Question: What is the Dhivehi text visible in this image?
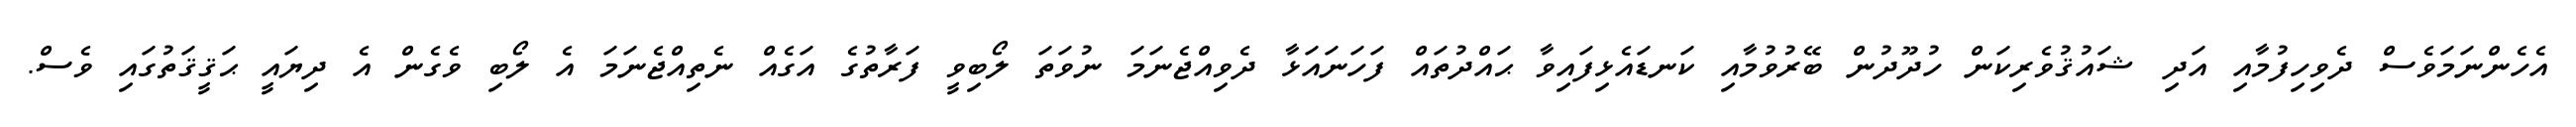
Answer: އެހެންނަމަވެސް ދެވިހިފުމާއި އަދި ޝައުޤުވެރިކަން ހުދޫދުން ބޭރުވުމާއި ކަނޑައެޅިފައިވާ ޙައްދުތައް ފަހަނައަޅާ ދެވިއްޖެނަމަ ނުވަތަ ލޯބިވީ ފަރާތުގެ އަގެއް ނެތިއްޖެނަމަ އެ ލޯބި ވެގެން އެ ދިޔައީ ޙަޤީޤަތުގައި ވެސް.